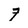
Character: 7